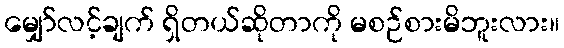
မျှော်လင့်ချက် ရှိတယ်ဆိုတာကို မစဉ်စားမိဘူးလား။